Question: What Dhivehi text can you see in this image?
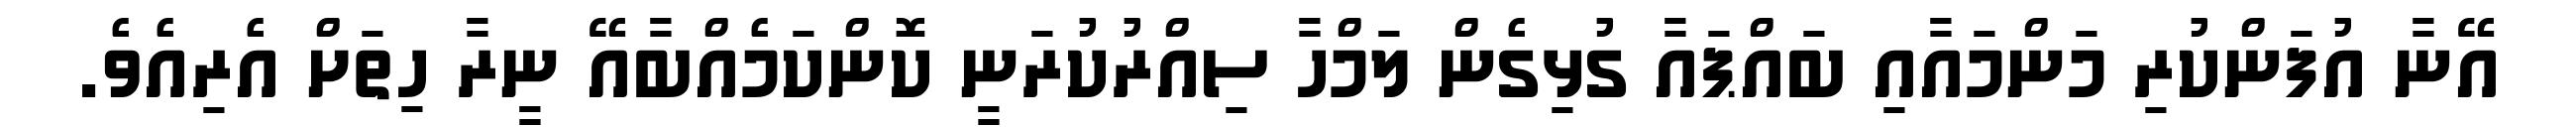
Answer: އޭނާ އުފަންކުރި މަންމައާއި ބައްޕައާ ގުޅިގެން ލަމްހާ ސިއްރުކުރަނީ ކޮންކަމެއްބާއޭ ނީރާ ހިތަށް އެރިއެވެ.